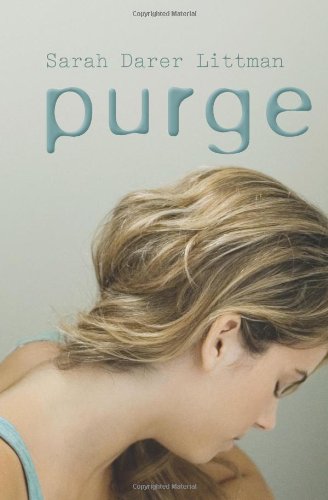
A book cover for Purge; Sarah Darer Littman; Parenting & Relationships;